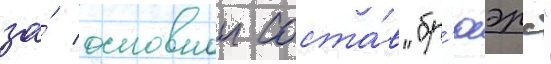
за́ основнои соста́в "бр'юэрс"